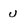
Character: U